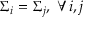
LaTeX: \Sigma _ { i } = \Sigma _ { j } , \ \forall i , j